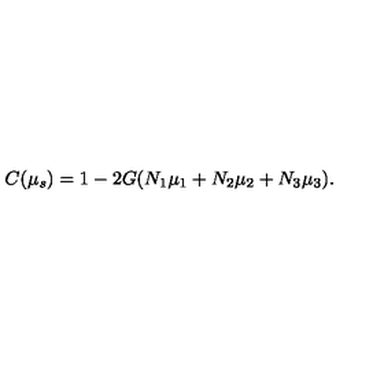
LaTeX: C ( \mu _ { s } ) = 1 - 2 G ( N _ { 1 } \mu _ { 1 } + N _ { 2 } \mu _ { 2 } + N _ { 3 } \mu _ { 3 } ) .